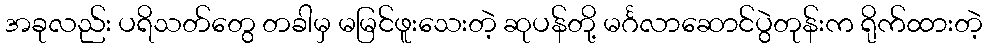
အခုလည်း ပရိသတ်တွေ တခါမှ မမြင်ဖူးသေးတဲ့ ဆုပန်တို့ မင်္ဂလာဆောင်ပွဲတုန်းက ရိုက်ထားတဲ့